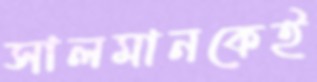
সালমানকেই